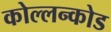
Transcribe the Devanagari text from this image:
कोल्लन्कोड